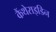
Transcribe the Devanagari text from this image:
कैंथेराइडिन